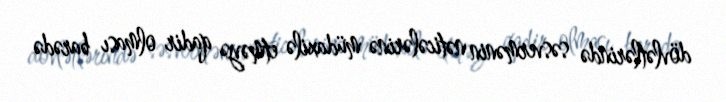
dövlətlərində səsvermənin nəticələrinə müdaxilə etməyə qadir olması barədə